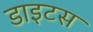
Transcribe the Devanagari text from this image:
डाइटस